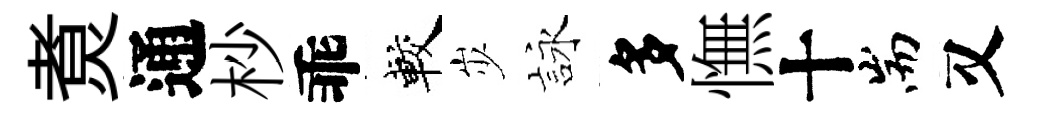
煑通杪乖較𡵯詠多憮十耑又